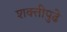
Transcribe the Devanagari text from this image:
शक्तीपुढे